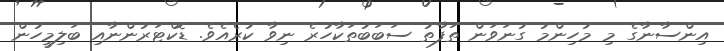
އިންސާނާގެ މި މުހިންމު ގުނަވަން ތަފާތު ސަބަބުތަކާހުރެ ނިވާ ކުރެއެވެ. ޑޮކްޓަރުންނާއި ބަލިމީހުން